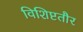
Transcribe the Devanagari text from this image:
विशिष्टतौर